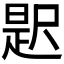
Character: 𭕦